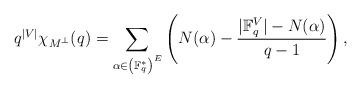
LaTeX: \begin{align*}q^{|V|}\chi_{M^\perp}(q)=\sum_{\alpha\in \left(\mathbb F_q^*\right)^E}\left(N(\alpha)-\frac{|\mathbb F_q^V|-N(\alpha)}{q-1}\right),\end{align*}